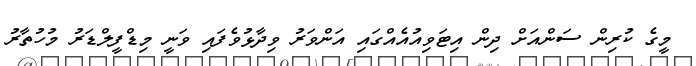
މީގެ ކުރިން ސަންއަށް ދިން އިޓަވިއުއެއްގައި އަންވަރު ވިދާޅުވެފައި ވަނީ މިޑްފީލްޑަރު މުހުތާރު